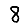
Digit: 8